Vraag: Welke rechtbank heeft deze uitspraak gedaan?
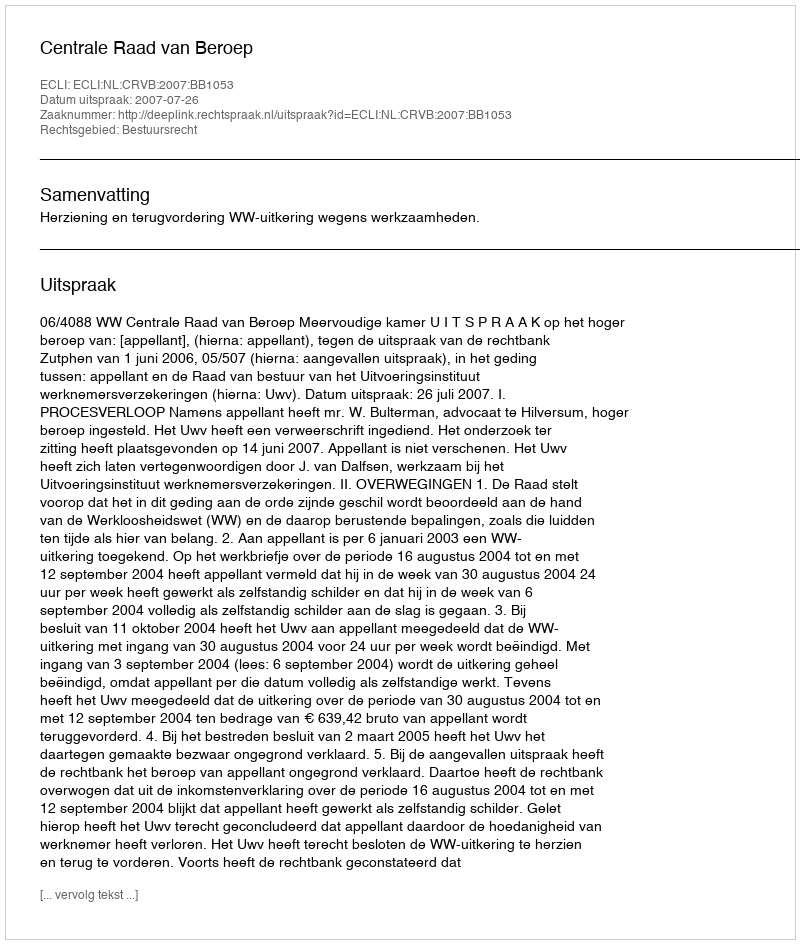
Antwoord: Centrale Raad van Beroep